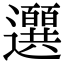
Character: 𫑖